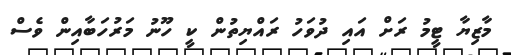
މާޒިޔާ ޓީމު ރަށް އައި ދުވަހު ރައްޔިތުން ކީ ހޫނު މަރުހަބާއިން ވެސް